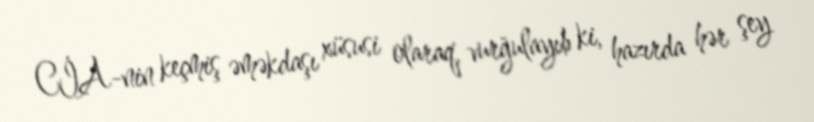
CİA-nin keçmiş əməkdaşı xüsusi olaraq, vurğulayıb ki, hazırda hər şey